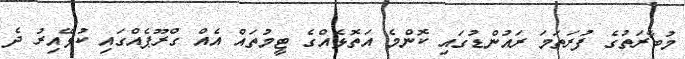
މުބާރަތުގެ ފުރަތަމަ ރައުންޑުގައި ކޮންމެ އަތޮޅެއްގެ ޓީމުތައް އެއް ގްރޫޕެއްގައި ކުޅޭއިރު ދެ